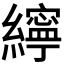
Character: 𦆭